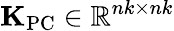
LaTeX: {\mathbf K}_{\mathrm{PC}}\in\mathbb{R}^{nk\times nk}